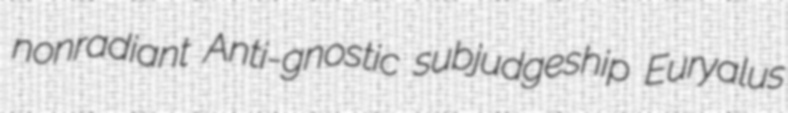
nonradiant Anti-gnostic subjudgeship Euryalus